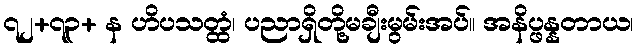
၇၂+၇၃+ န ဟိပသတ္ထံ၊ ပညာရှိတို့မချီးမွမ်းအပ်။ အနိပ္ဖန္နတာယ၊